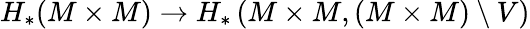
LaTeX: H_{*}(M\times M)\to H_{*}\left(M\times M,(M\times M)\setminus V\right)